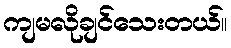
ကျမလိုချင်သေးတယ်။